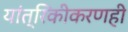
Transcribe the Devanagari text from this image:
यांत्रिकीकरणही